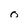
Character: o